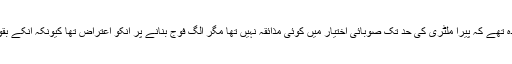
بھٹو صاحب چھ میں سے ساڑھے پانچ نکات پر آمادہ تھے کہ پیرا ملٹری کی حد تک صوبائی اختیار میں کوئی مذائقہ نہیں تھا مگر الگ فوج بنانے پر انکو اعتراض تھا کیونکہ انکے بقول ایک مملکت میں دو فوجیں کیسے ہو سکتی تھیں؟